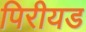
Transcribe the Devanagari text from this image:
पिरीयड